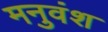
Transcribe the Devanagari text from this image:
मनुवंश